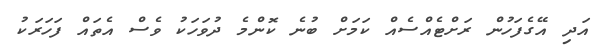
އަދި އޭގެފަހުން ރަށްޓެއްސެއް ކަމަށް ބުނެ ކޮންމެ ދުވަހަކު ވެސް އެތައް ފަހަރަކު